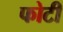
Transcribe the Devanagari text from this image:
फोटी